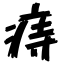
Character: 痔